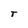
Character: T